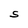
Character: S